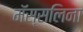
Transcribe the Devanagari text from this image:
मॅस्सलिना